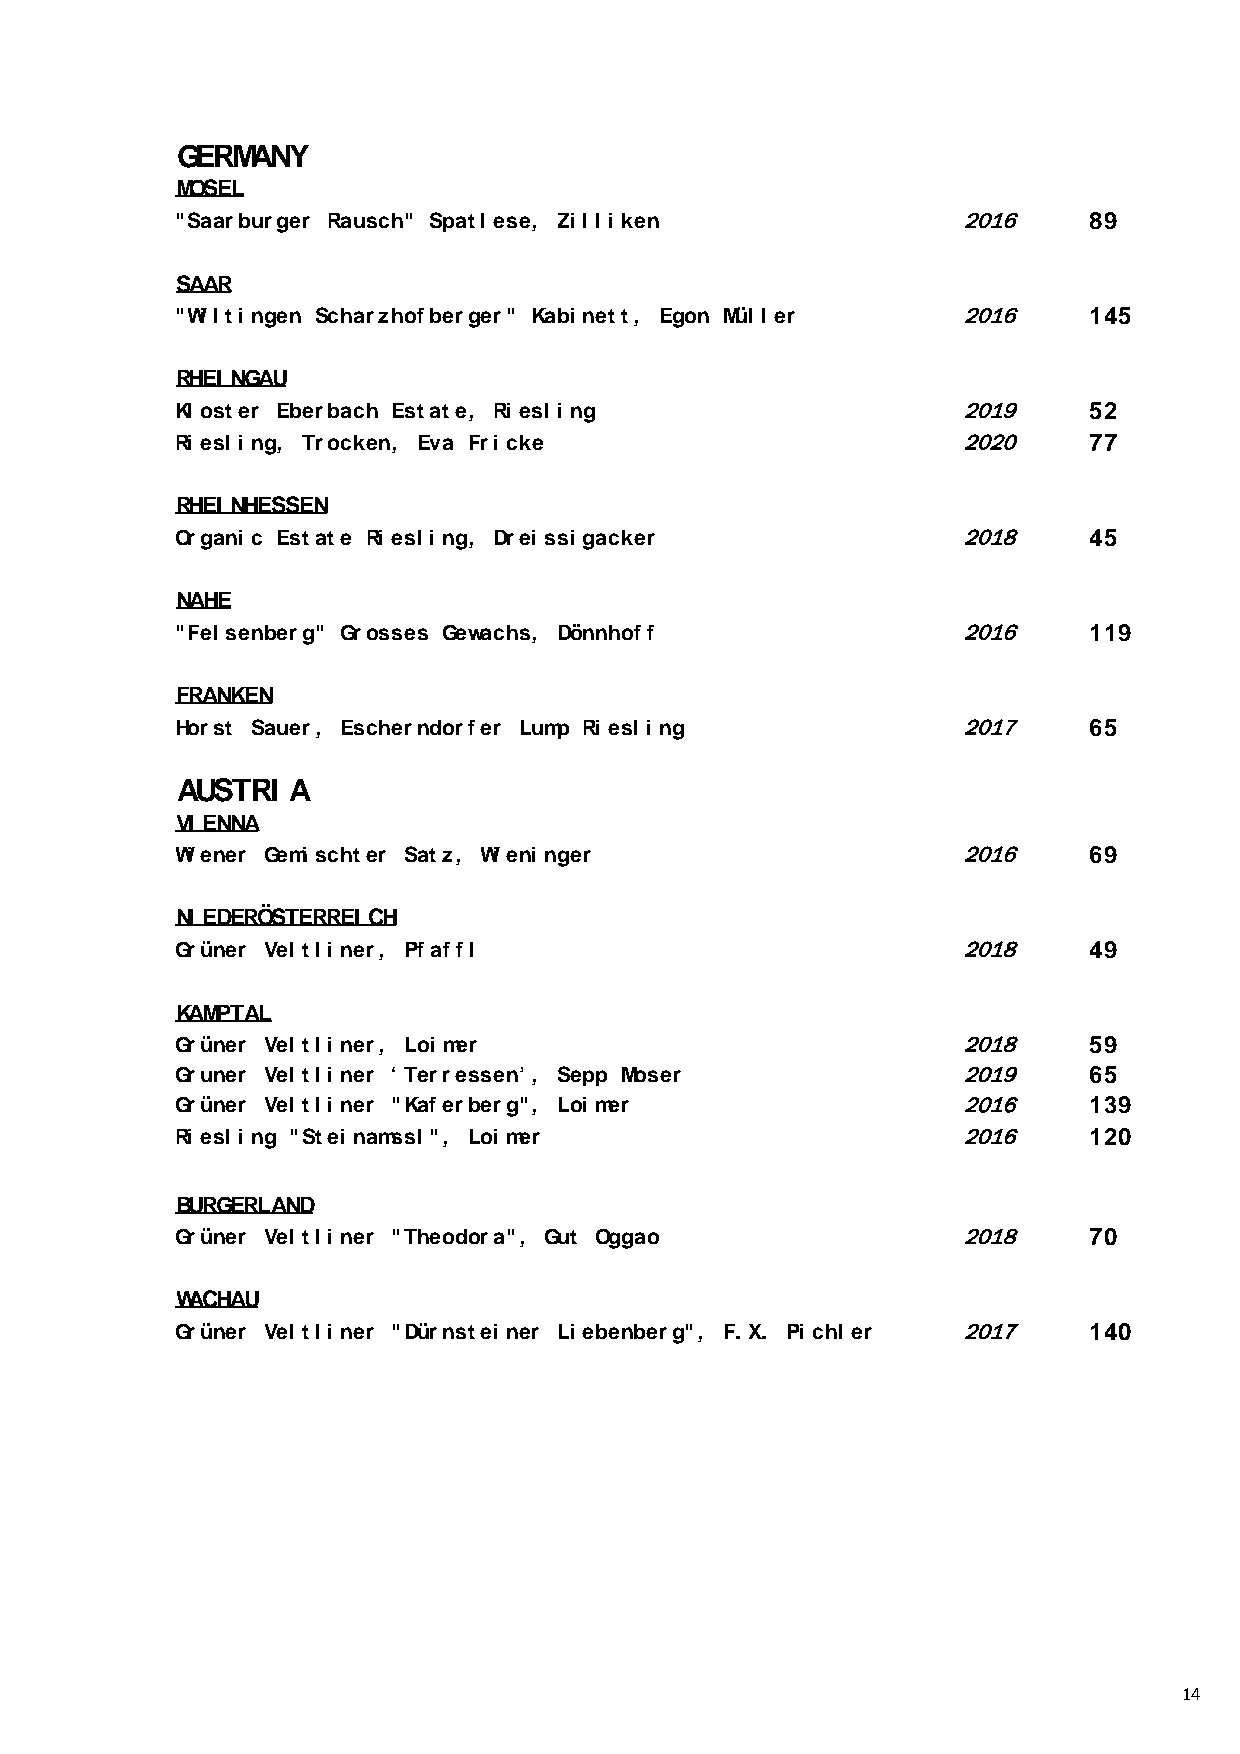
GERMANY
 MOSEL
 "Saarburger Rausch" Spatl ese, Zi l l i ken         2016     89
 SAAR
 "Wi l ti ngen Scharzhofberger" Kabi nett, Egon Mül l er 2016 145
 RHEI NGAU
 Kl oster Eberbach Estate, Ri esl i ng               2019     52
 Ri esl i ng, Trocken, Eva Fri cke                   2020     77
 RHEI NHESSEN
 Organi c Estate Ri esl i ng, Drei ssi gacker        2018     45
 NAHE
 "Fel senberg" Grosses Gewachs, Dönnhoff             2016     119
 FRANKEN
 Horst Sauer, Escherndorfer Lump Ri esl i ng         2017     65
 AUSTRI  A
 VI ENNA
 Wi ener Gemi schter Satz, Wi eni nger               2016     69
 NI EDERÖSTERREI CH
 Grüner Vel tl i ner, Pfaffl                         2018     49
 KAMPTAL
 Grüner Vel tl i ner, Loi mer                        2018     59
 Gruner Vel tl i ner ‘ Terressen’ , Sepp Moser       2019     65
 Grüner Vel tl i ner "Kaferberg", Loi mer            2016     139
 Ri esl i ng "Stei namssl ", Loi mer                 2016     120
 BURGERLAND
 Grüner Vel tl i ner "Theodora", Gut Oggao           2018     70
 WACHAU
 Grüner Vel tl i ner "Dürnstei ner Li ebenberg", F. X. Pi chl er 2017 140
 14